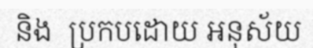
និង  ប្រកបដោយ អនុស័យ